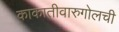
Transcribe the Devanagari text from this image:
काकातीवारुगोलची